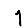
Digit: 1